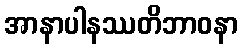
အာနာပါနဿတိဘာဝနာ